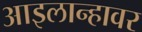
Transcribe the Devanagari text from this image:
आइलान्हावर